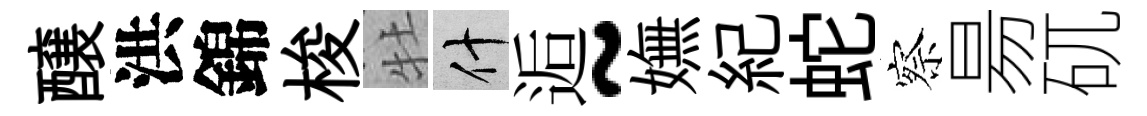
醸洪錦梭牡什逅~嫵紀蛇察昜矹